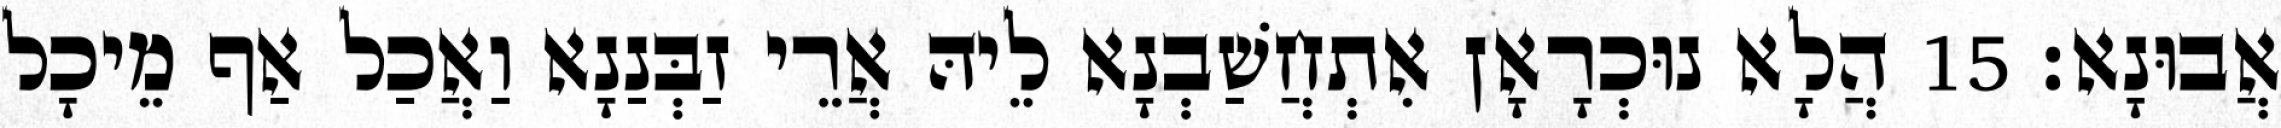
אֲבוּנָא׃ 15 הֲלָא נוּכְרָאָן אִתְחֲשַׁבְנָא לֵיהּ אֲרֵי זַבְּנַנָא וַאֲכַל אַף מֵיכָל